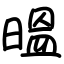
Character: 㬈